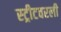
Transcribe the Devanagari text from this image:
स्ट्रीटवरली